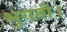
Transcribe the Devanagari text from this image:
भुगती।